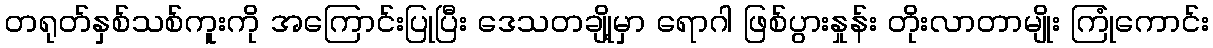
တရုတ်နှစ်သစ်ကူးကို အကြောင်းပြုပြီး ဒေသတချို့မှာ ရောဂါ ဖြစ်ပွားနှုန်း တိုးလာတာမျိုး ကြုံကောင်း